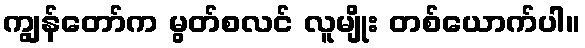
ကျွန်တော်က မွတ်စလင် လူမျိုး တစ်ယောက်ပါ။